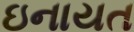
ઇનાયત